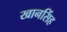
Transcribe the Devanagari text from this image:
खानसिंह